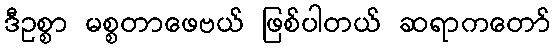
ဒီဥစ္စာ မစ္စတာဖေဗယ် ဖြစ်ပါတယ် ဆရာကတော်